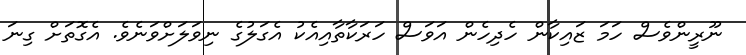
ނޫރީންވެސް ހަމަ ޒައިކާން ހެދިހެން އަވަސް ހަރަކާތާއިއެކު އެގަލުގެ ނިވަލަށްވަނެވެ. އެގޮތަށް ގިނަ